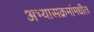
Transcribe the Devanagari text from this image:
अभ्यासक्रमांमधील